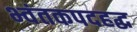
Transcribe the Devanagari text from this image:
भ्वंतकपदहद्ध